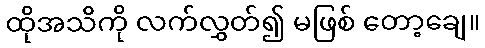
ထိုအသိကို လက်လွှတ်၍ မဖြစ် တော့ချေ။